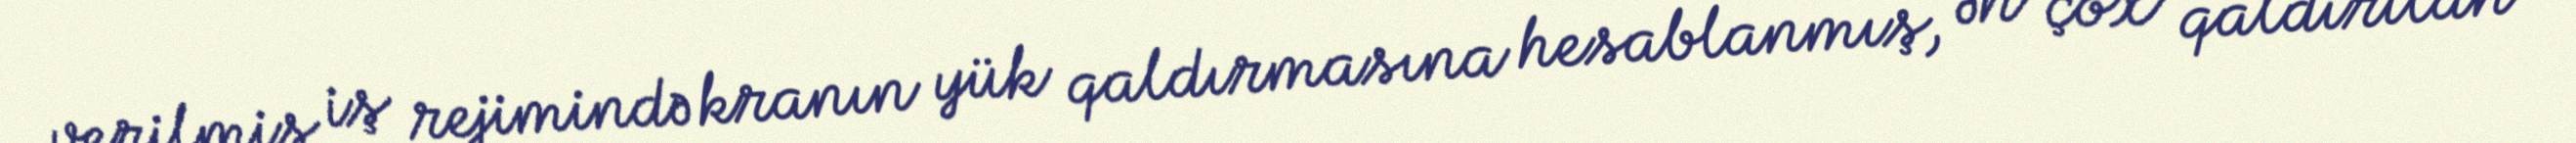
verilmiş iş rejimində kranın yük qaldırmasına hesablanmış, ən çox qaldırılan